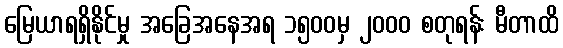
မြေယာရရှိနိုင်မှု အခြေအနေအရ ၁၅၀၀မှ ၂၀၀၀ စတုရန်း မီတာထိ